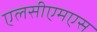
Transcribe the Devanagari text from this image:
एलसीएमएस